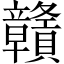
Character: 贛